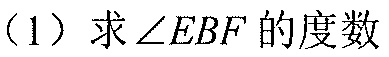
（1）求\(\angle EBF\)的度数